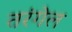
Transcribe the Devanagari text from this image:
तरंगेल